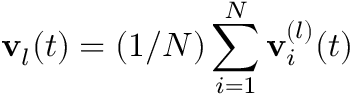
{ \bf v } _ { l } ( t ) = ( 1 / N ) \sum _ { i = 1 } ^ { N } { \bf v } _ { i } ^ { ( l ) } ( t )